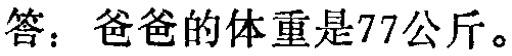
答：爸爸的体重是77公斤。